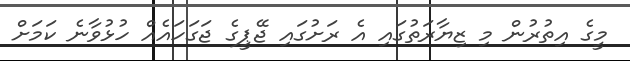
މީގެ އިތުރުން މި ޒިޔާރަތުގައި އެ ރަށުގައި ޖޭޕީގެ ޖަގަހައެއް ހުޅުވާނެ ކަމަށް